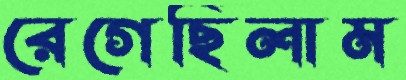
রেগেছিলাম